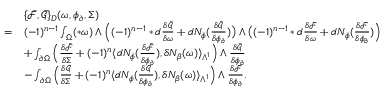
\begin{array} { r l } & { \{ \bar { \mathcal { F } } , \bar { \mathcal { G } } \} _ { D } ( \omega , \phi _ { \partial } , \Sigma ) } \\ { = } & { ( - 1 ) ^ { n - 1 } \int _ { \Omega } ( \ast \omega ) \wedge \Big ( ( - 1 ) ^ { n - 1 } \ast d \frac { \delta \bar { \mathcal { G } } } { \delta \omega } + d N _ { \phi } ( \frac { \delta \bar { \mathcal { G } } } { \delta \phi _ { \partial } } ) \big ) \wedge \big ( ( - 1 ) ^ { n - 1 } \ast d \frac { \delta \bar { \mathcal { F } } } { \delta \omega } + d N _ { \phi } ( \frac { \delta \bar { \mathcal { F } } } { \delta \phi _ { \partial } } ) \Big ) } \\ & { + \int _ { \partial \Omega } \Big ( \frac { \delta \bar { \mathcal { F } } } { \delta \Sigma } + ( - 1 ) ^ { n } \langle d N _ { \phi } ( \frac { \delta \bar { \mathcal { F } } } { \delta \phi _ { \partial } } ) , \delta N _ { \beta } ( \omega ) \rangle _ { \Lambda ^ { 1 } } \Big ) \wedge \frac { \delta \bar { \mathcal { G } } } { \delta \phi _ { \partial } } } \\ & { - \int _ { \partial \Omega } \Big ( \frac { \delta \bar { \mathcal { G } } } { \delta \Sigma } + ( - 1 ) ^ { n } \langle d N _ { \phi } ( \frac { \delta \bar { \mathcal { G } } } { \delta \phi _ { \partial } } ) , \delta N _ { \beta } ( \omega ) \rangle _ { \Lambda ^ { 1 } } \Big ) \wedge \frac { \delta \bar { \mathcal { F } } } { \delta \phi _ { \partial } } . } \end{array}